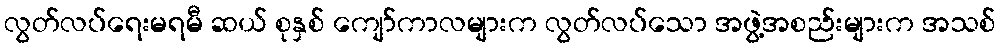
လွတ်လပ်ရေးမရမီ ဆယ် စုနှစ် ကျော်ကာလများက လွတ်လပ်သော အဖွဲ့အစည်းများက အသစ်